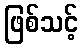
ဖြစ်သင့်